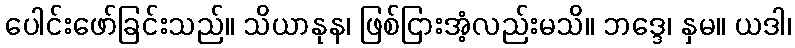
ပေါင်းဖော်ခြင်းသည်။ သိယာနုန၊ ဖြစ်ငြားအံ့လည်းမသိ။ ဘဒ္ဒေ၊ နှမ။ ယဒါ၊